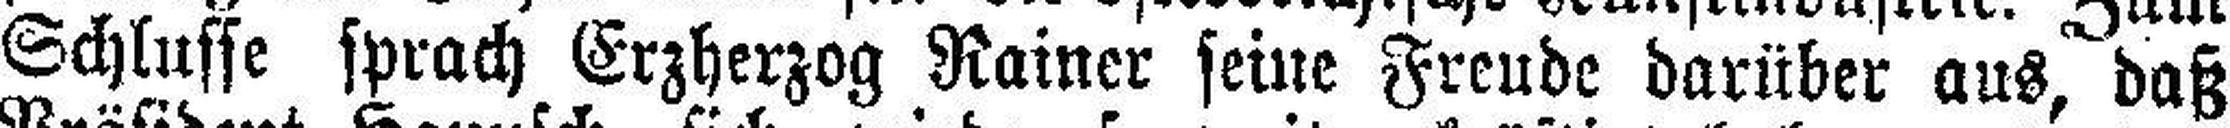
Schlusse sprach Erzherzog Rainer seine Freude darüber aus, daß